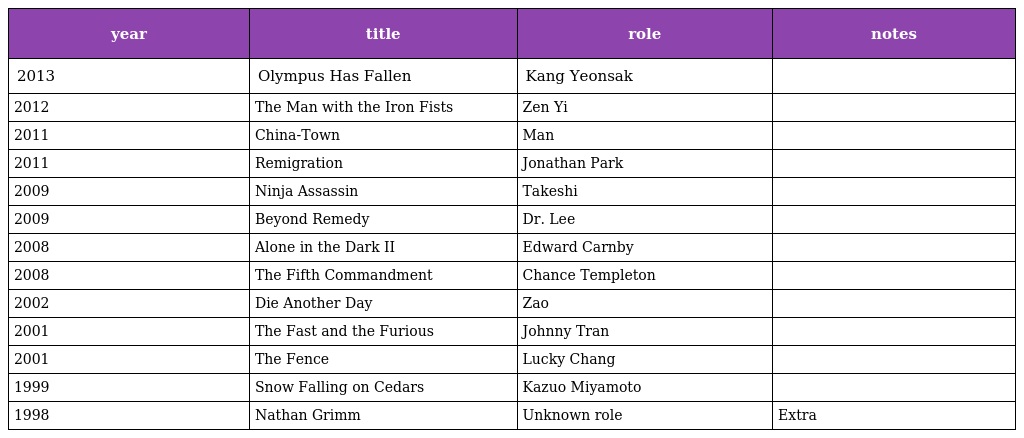
| year | title | role | notes |
 | --- | --- | --- | --- |
 | 2013 | Olympus Has Fallen | Kang Yeonsak |  |
 | 2012 | The Man with the Iron Fists | Zen Yi |  |
 | 2011 | China-Town | Man |  |
 | 2011 | Remigration | Jonathan Park |  |
 | 2009 | Ninja Assassin | Takeshi |  |
 | 2009 | Beyond Remedy | Dr. Lee |  |
 | 2008 | Alone in the Dark II | Edward Carnby |  |
 | 2008 | The Fifth Commandment | Chance Templeton |  |
 | 2002 | Die Another Day | Zao |  |
 | 2001 | The Fast and the Furious | Johnny Tran |  |
 | 2001 | The Fence | Lucky Chang |  |
 | 1999 | Snow Falling on Cedars | Kazuo Miyamoto |  |
 | 1998 | Nathan Grimm | Unknown role | Extra |